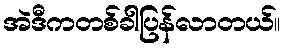
အဲဒီကတစ်ခါပြန်လာတယ်။